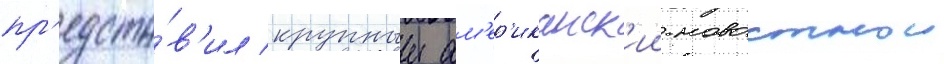
пр'едста́в'ил крупныи ам'ер'иканск'ии новостнои